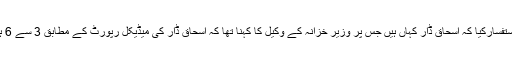
جج نے اسحاق ڈار کے ضامن سے استفسارکیا کہ اسحاق ڈار کہاں ہیں جس پر وزیر خزانہ کے وکیل کا کہنا تھا کہ اسحاق ڈار کی میڈیکل رپورٹ کے مطابق 3 سے 6 ہفتے صحت یابی میں لگ سکتے ہیں۔